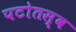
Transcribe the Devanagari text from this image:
पटोतस्व